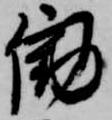
働